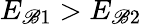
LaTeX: E_{\mathscr{B}1}>E_{\mathscr{B}2}